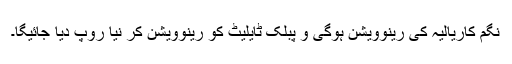
نگم کاریالیہ کی رینوویشن ہوگی و پبلک ٹایلیٹ کو رینوویشن کر نیا روپ دیا جائیگا۔